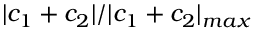
| c _ { 1 } + c _ { 2 } | / | c _ { 1 } + c _ { 2 } | _ { m a x }